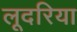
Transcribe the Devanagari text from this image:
लूदरिया